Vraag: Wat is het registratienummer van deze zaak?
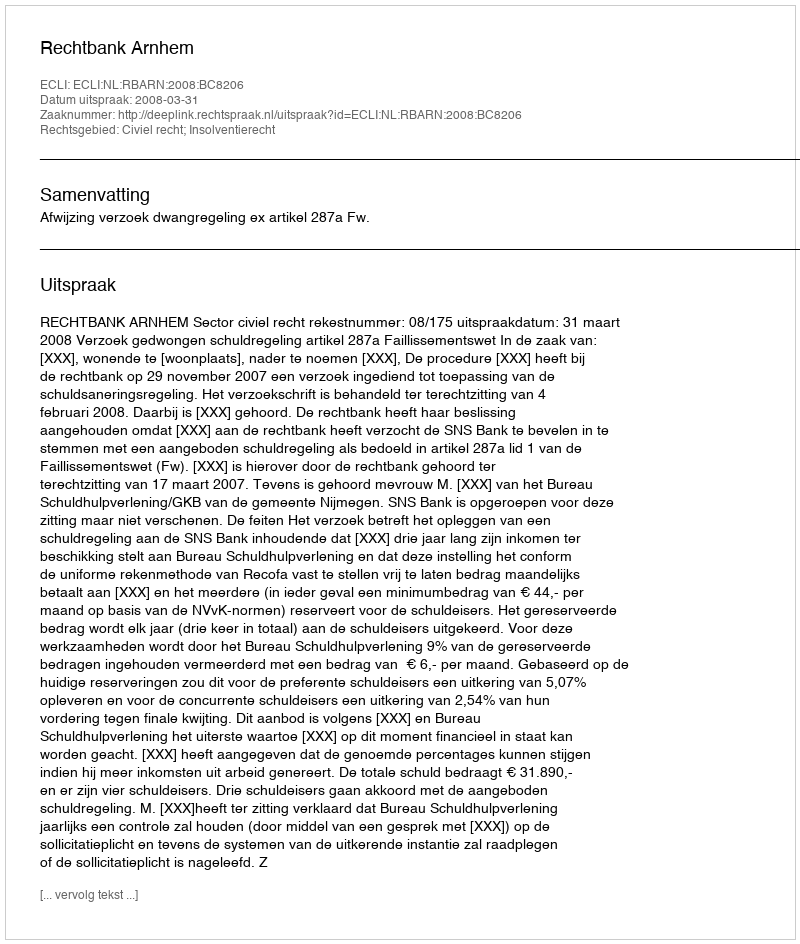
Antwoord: http://deeplink.rechtspraak.nl/uitspraak?id=ECLI:NL:RBARN:2008:BC8206